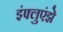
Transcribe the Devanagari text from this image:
इंफ्लुएंझे